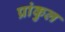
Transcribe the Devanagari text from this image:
प्रांकुल